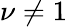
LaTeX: \nu\neq 1